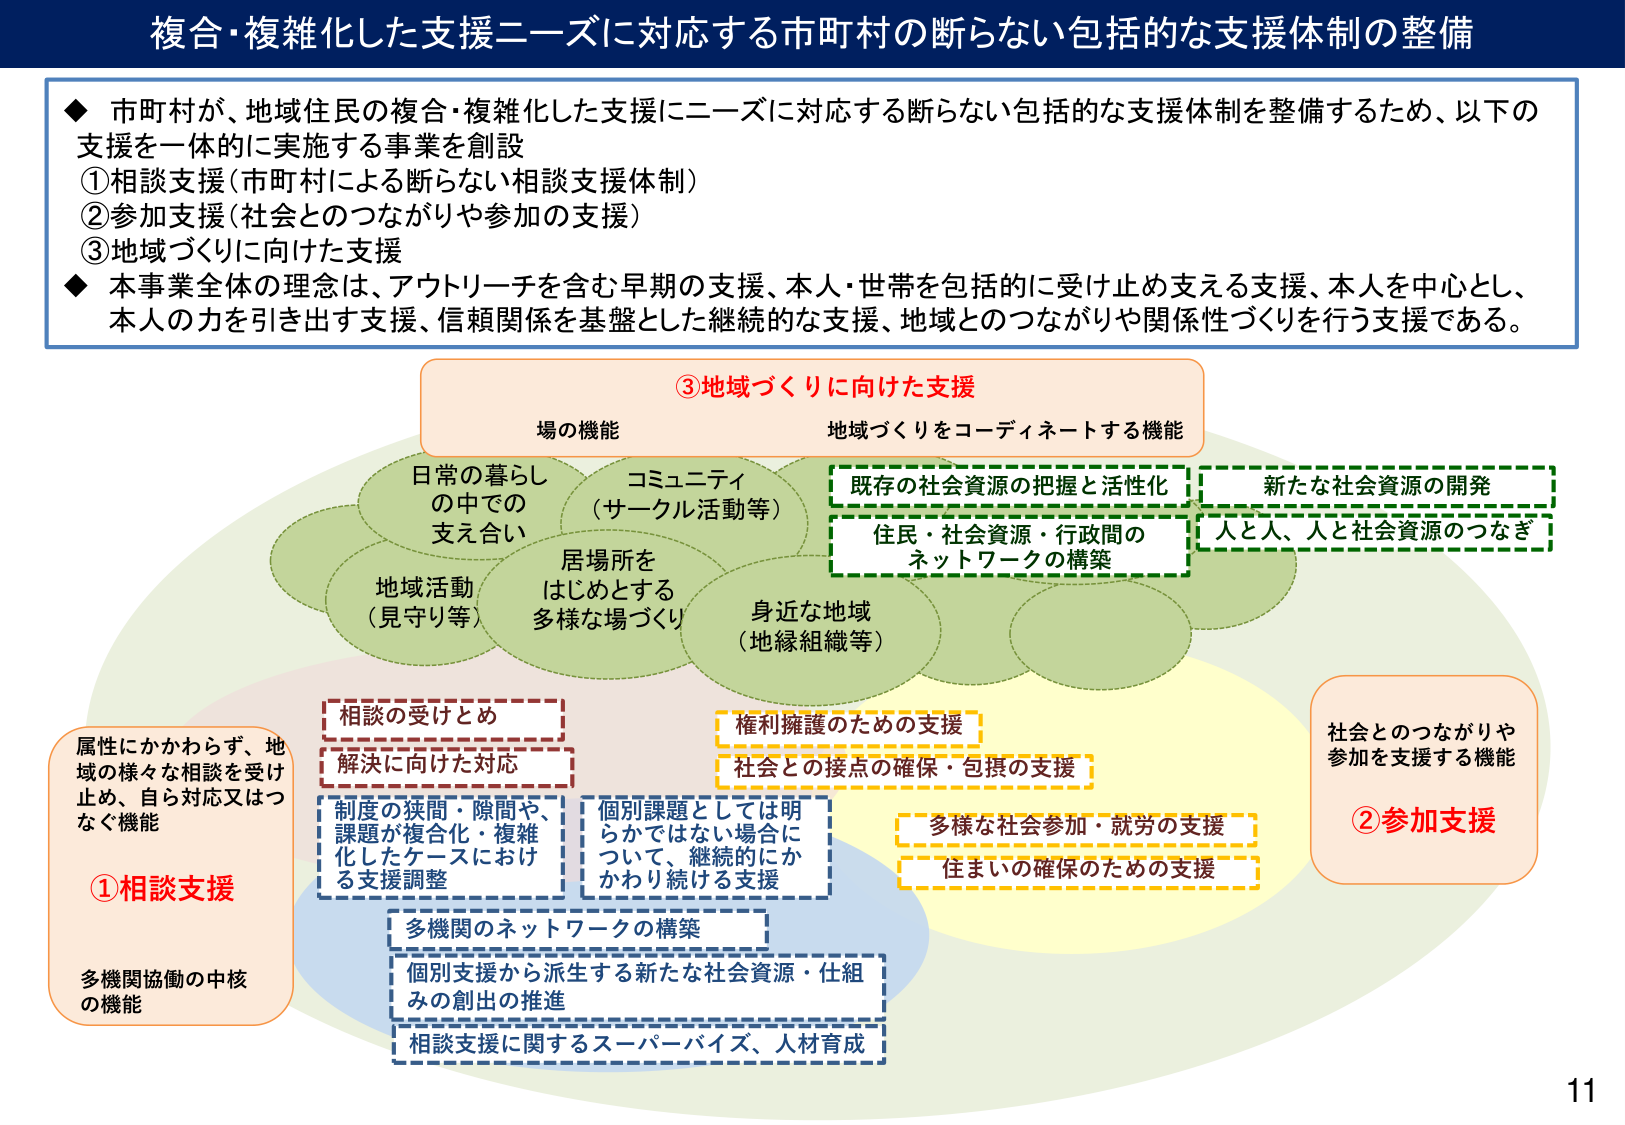
複合・複雑化した支援ニーズに対応する市町村の断らない包括的な支援体制の整備

◆ 市町村が、地域住民の複合・複雑化した支援にニーズに対応する断らない包括的な支援体制を整備するため、以下の支援を一体的に実施する事業を創設
①相談支援（市町村による断らない相談支援体制）
②参加支援（社会とのつながりや参加の支援）
③地域づくりに向けた支援
◆ 本事業全体の理念は、アウトリーチを含む早期の支援、本人・世帯を包括的に受け止め支える支援、本人を中心とし、本人の力を引き出す支援、信頼関係を基盤とした継続的な支援、地域とのつながりや関係性づくりを行う支援である。

③地域づくりに向けた支援
場の機能
地域づくりをコーディネートする機能
日常の暮らしの中での支え合い
コミュニティ（サークル活動等）
既存の社会資源の把握と活性化
新たな社会資源の開発
住民・社会資源・行政間のネットワークの構築
人と人、人と社会資源のつなぎ
地域活動（見守り等）
居場所をはじめとする多様な場づくり
身近な地域（地縁組織等）

①相談支援
属性にかかわらず、地域の様々な相談を受け止め、自ら対応又はつなぐ機能
多機関協働の中核の機能
相談の受けとめ
解決に向けた対応
制度の狭間・隙間や、課題が複合化・複雑化したケースにおける支援調整
個別課題としては明らかではない場合について、継続的にかかわり続ける支援
多機関のネットワークの構築
個別支援から派生する新たな社会資源・仕組みの創出の推進
相談支援に関するスーパーバイズ、人材育成

②参加支援
社会とのつながりや参加を支援する機能
権利擁護のための支援
社会との接点の確保・包摂の支援
多様な社会参加・就労の支援
住まいの確保のための支援

11